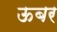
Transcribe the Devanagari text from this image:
ऊबर